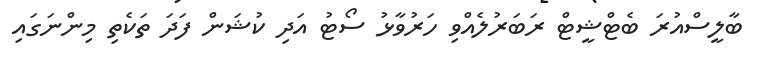
ބާލީސްއުރަ ބެޓްޝީޓް ރަބަރުލެއްވި ހަރުވާޅު ސޯޓު އަދި ކުޝަން ފަދަ ތަކެތި މިންނަގައި